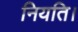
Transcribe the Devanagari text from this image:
नियति।